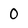
Character: 0